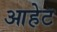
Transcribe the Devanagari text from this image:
आहेट